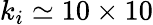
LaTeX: k_{i}\simeq 10\times 10